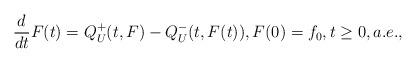
LaTeX: \begin{align*}\frac d{dt}F(t)=Q^{+}_{U}(t,F)-Q^{-}_{U}(t,F(t)), F(0)=f_0, t\geq 0, a.e., \end{align*}